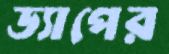
ড্যাপের